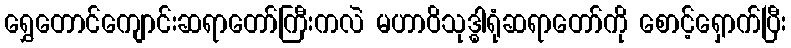
ရွှေတောင်ကျောင်းဆရာတော်ကြီးကလဲ မဟာဝိသုဒ္ဓါရုံဆရာတော်ကို စောင့်ရှောက်ပြီး